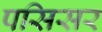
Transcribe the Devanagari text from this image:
पसिसर